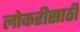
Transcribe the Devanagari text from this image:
लोकरीसाठी